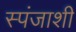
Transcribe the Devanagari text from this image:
स्पंजाशी